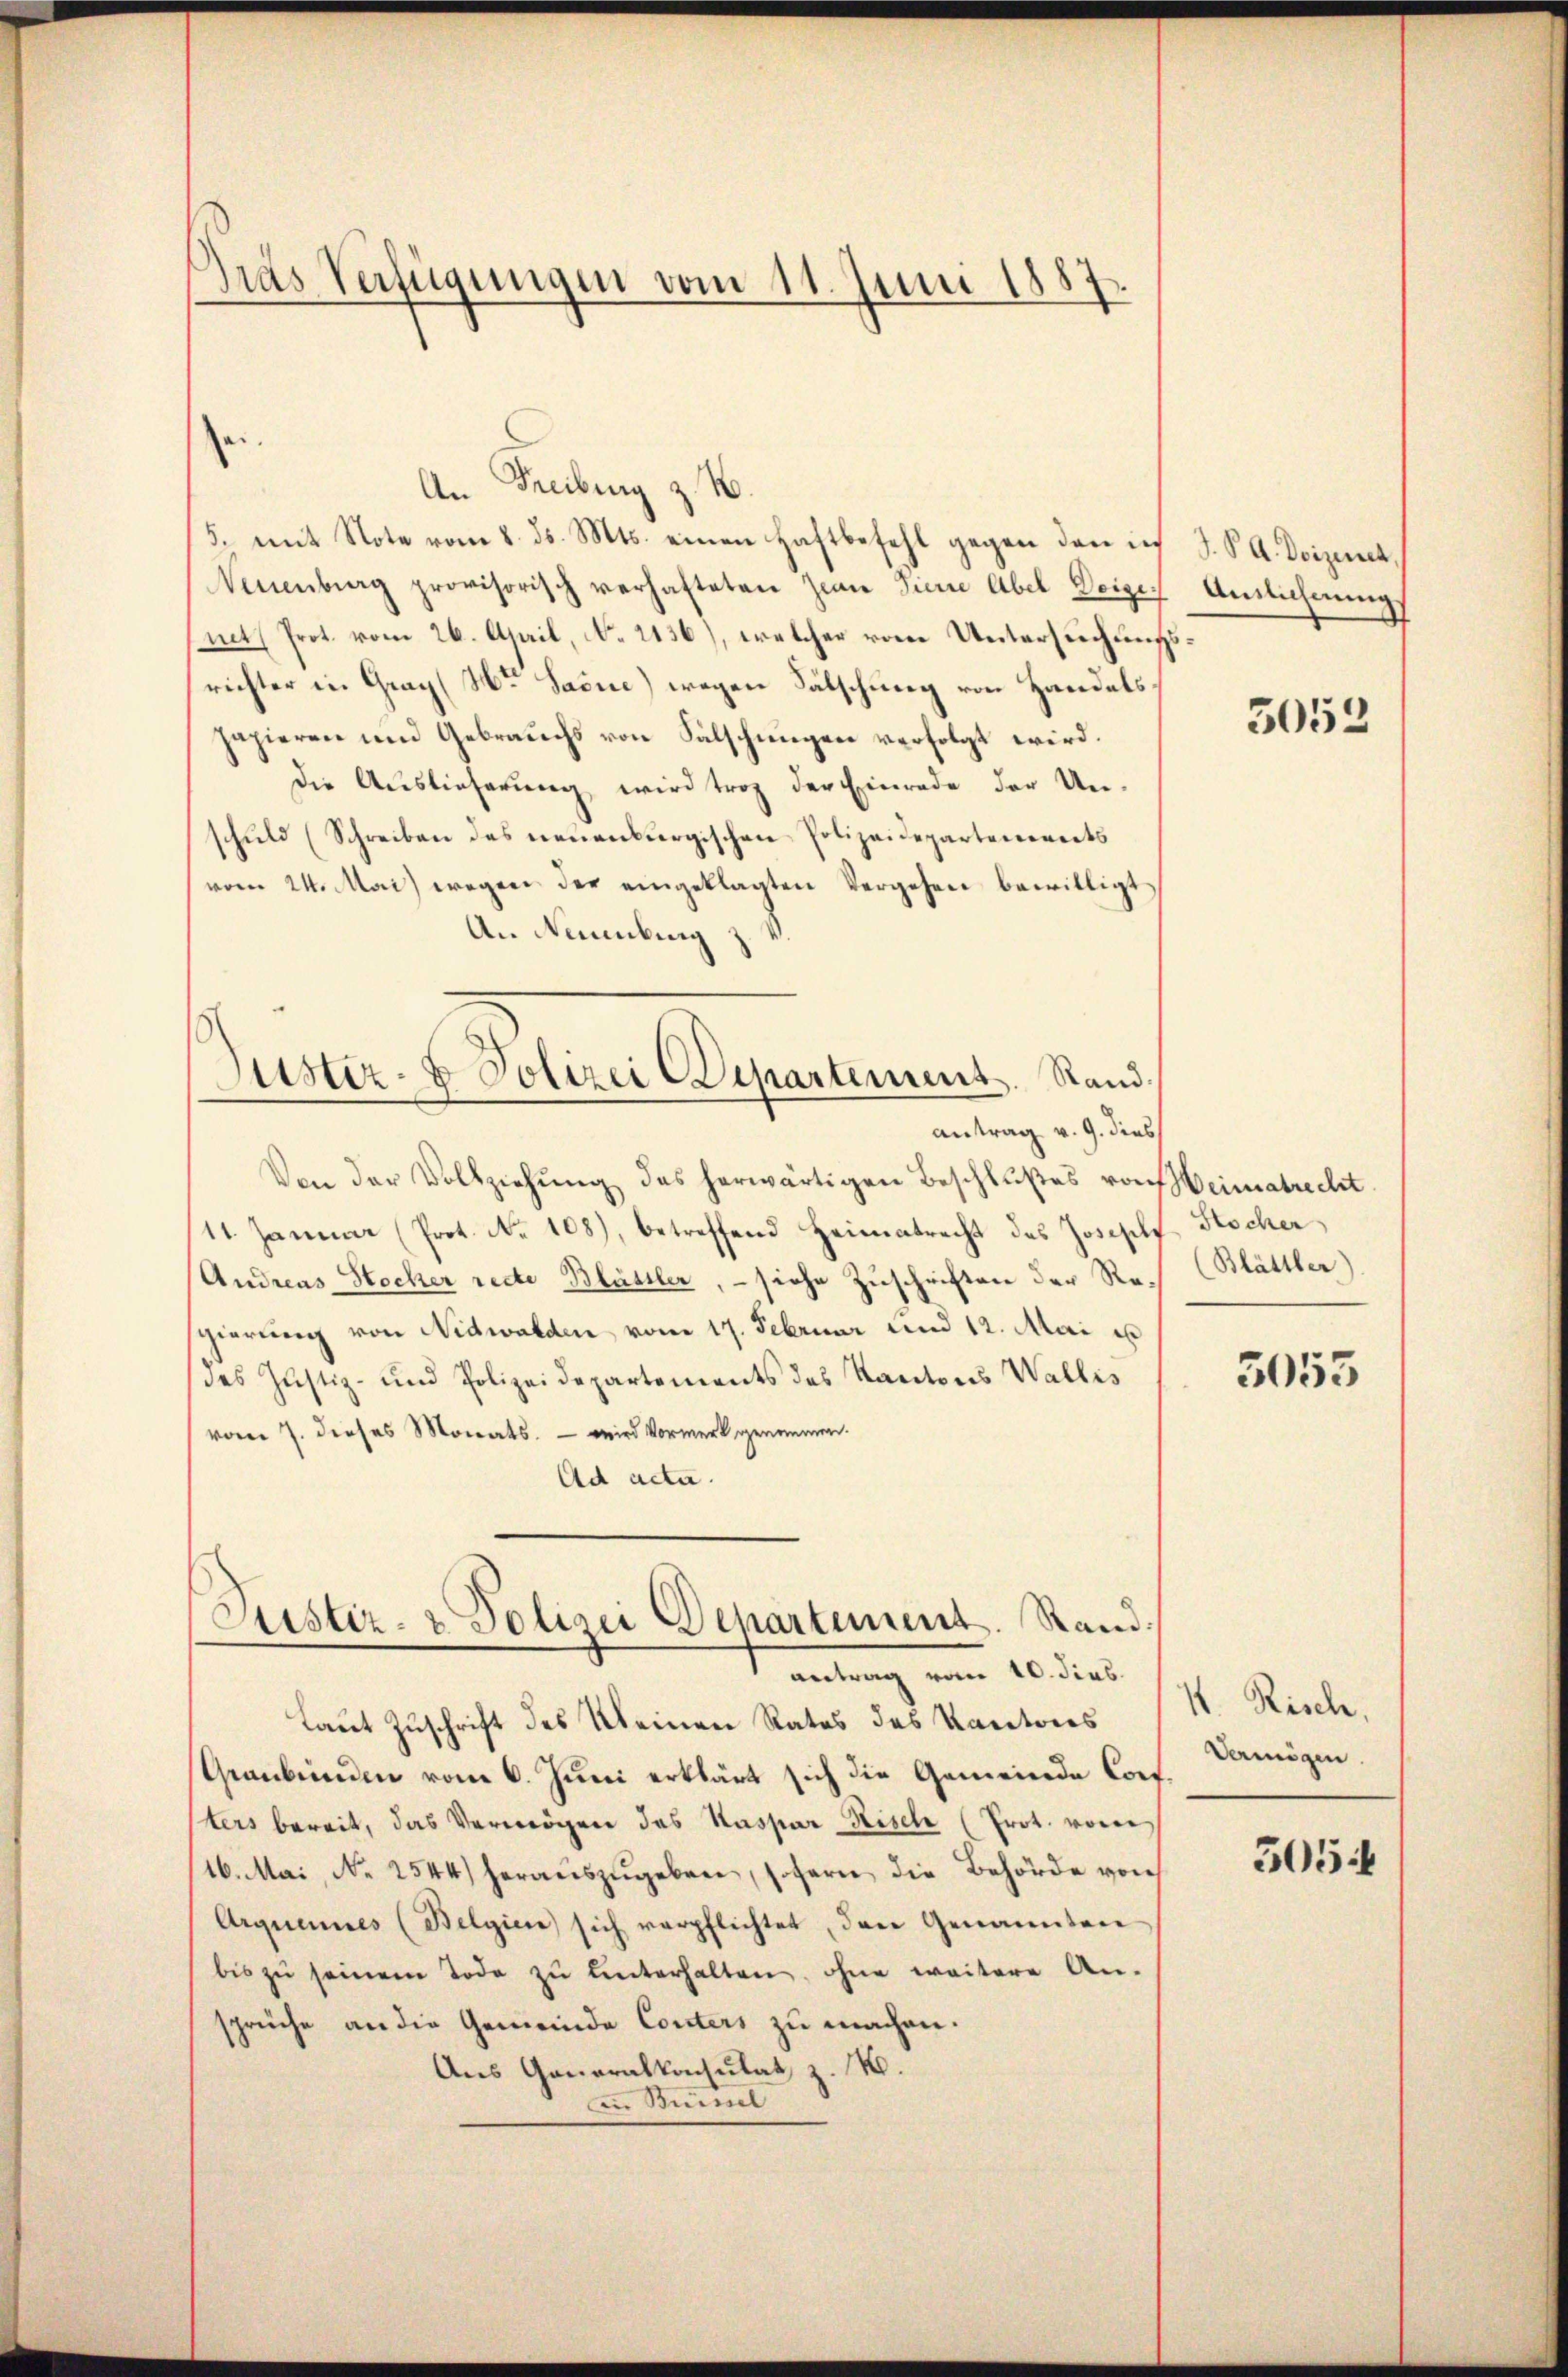
Gras Verfügungen vom 11. Juni 1887.

Lister- & Polizei Departement. Sandantrag v. 9. dies

Zei¬
An Freiburg z. B.
5. mit Note vom 8. ds. Mts. einen Haftbefehl gegen den in
Neuenburg provisorisch verhafteten Zie Tiere Abel Deige
neth Prot. vom 26. April, No 2136), welcher vom Untersuchung
richter in Graz (Hr. Saine) wegen Fälschung von Handelshapieren und Gebrauchs von Fälschungen verfolgt wird.
Die Auslieferung wird troz der Einrade der Un-
schuld (Schreiben des neuenburgischen Polizeidepartements
vom 24. Mai wegen der eingeklagten Vergehen bewilligt,
An Neuenburg
Von der Vollziehŭng des herwärtigen Beschlußes von Weimatrecht
11. Januar (Prot. No 108), betreffend Heimatrecht des Joseph Stocker,
Andreas Stocker rede Blüssler, - siche Zuschriften der Re¬ (Blättler)
sgierung von Nidwalden vom 17. Februar und 12. Mai u
des Justiz- und Polizeidepartements des Kantons Wallis
vom 7. dieses Monats. — wird Vormerk genommen.
Ad acta.
Justiz- & Polizei Departement. Rand.
antrag vom 10. dies
Laut Zuschrift des Kleinen Rates des Kantons
Graubünden vom 6. Juni erklärt sich die Gemeinde Cons
sters bereit, das Vermögen des Kaspar Risch (Prot. vom
16. Mai, No 2544) heraŭszŭgeben, sofern die Behörde von
Arquennes (Belgien sich verpflichtet, das Genannten
bis zŭ seinem Tode zŭ ŭnterhalten, ohne weitere An-
sprüche an die Gemeinde Conters zu machen.
Aus Generalkonsulat z. M.
An Rumel

J. P. G. Doizenet,
Anslichnung

5053

5053

V. Risch.
Vermögen.

505.